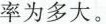
率为多大。